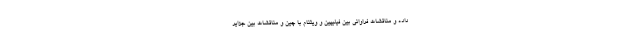
داده و مناقشات فراوانی بین فیلیپین و ویتنام با چین و مناقشات بین جزایر